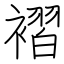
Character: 褶